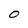
Character: O